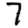
Digit: 7